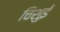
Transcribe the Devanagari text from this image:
चिशुई